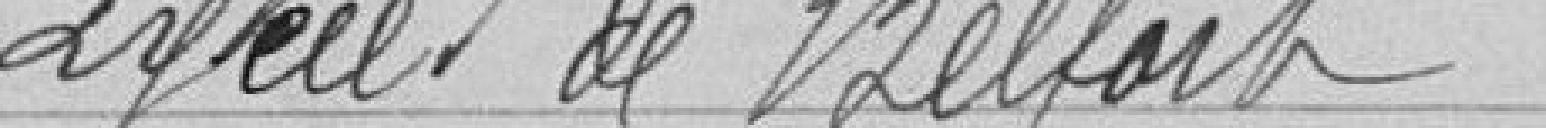
Lycée de Belfort